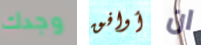
وجدك أوافق ان